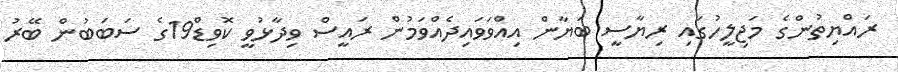
ރައްޔިތުންގެ މަޖިލީހުގައި ރިޔާސީ ބަޔާން އިއްވަވައިދެއްވަމުން ރައީސް ވިދާޅުވީ ކޮވިޑް19ގެ ސަބަބުން ބޭރު